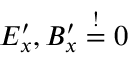
E _ { x } ^ { \prime } , B _ { x } ^ { \prime } \overset { ! } { = } 0